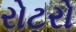
રોટરો